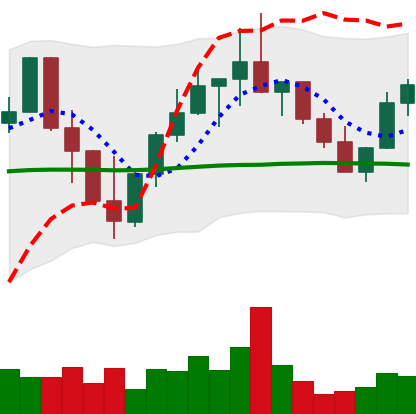
Ticker: LINK-USD
Chart end date: 2022-10-05
Forward return: -6.272%
Label: down_5_7